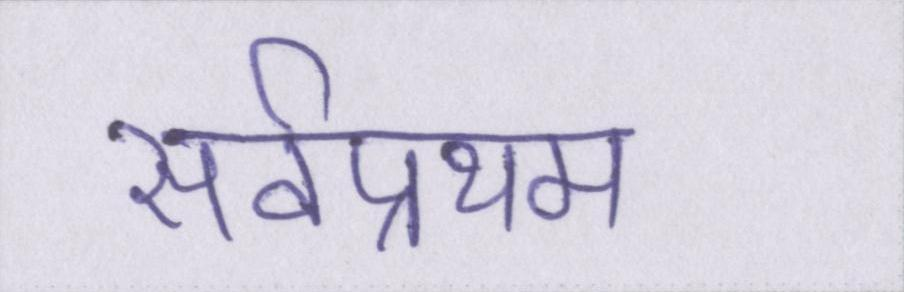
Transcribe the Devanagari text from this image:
सर्वप्रथम